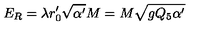
E _ { R } = \lambda r _ { 0 } ^ { \prime } \sqrt { \alpha ^ { \prime } } M = M \sqrt { g Q _ { 5 } \alpha ^ { \prime } }